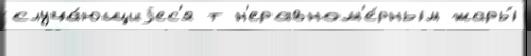
случа́ющиjес'я т н'еравном'е́рным жары́